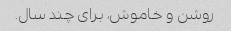
روشن و خاموش، برای چند سال.